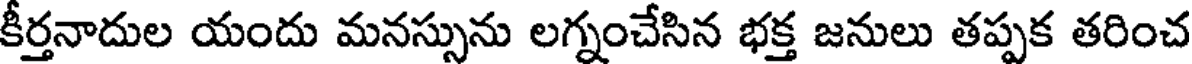
కీర్తనాదుల యందు మనస్సును లగ్నంచేసిన భక్త జనులు తప్పక తరించ